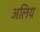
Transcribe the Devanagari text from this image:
अलिय